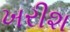
ખરીશ